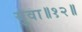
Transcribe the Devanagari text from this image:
युवा॥१२॥